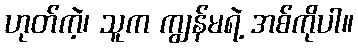
ဟုတ်ကဲ့၊ သူက ကျွန်မရဲ့ အစ်ကိုပါ။